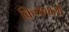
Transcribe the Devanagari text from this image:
क्रियावाली